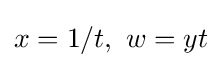
x=1/t,\ w=yt